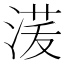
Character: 𰜑